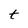
Character: t